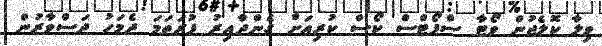
ވިލާ ކޮލެޖުން ވޯޓާ ސްޕޯޓްސް ކޯސް ކުރިއަށް ގެންދާއިރު ފުރަތަމަ ދެމަހު ދަސްވާރުން